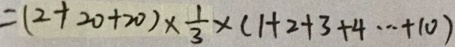
= ( 2 + 2 0 + 2 0 ) \times \frac { 1 } { 3 } \times ( 1 + 2 + 3 + 4 \cdots + 1 0 )